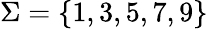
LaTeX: \Sigma=\{ 1,3,5,7,9\}